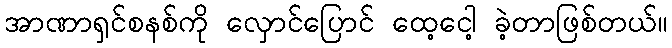
အာဏာရှင်စနစ်ကို လှောင်ပြောင် ထေ့ငေါ့ ခဲ့တာဖြစ်တယ်။